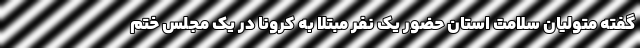
گفته متولیان سلامت استان حضور یک نفر مبتلا به کرونا در یک مجلس ختم